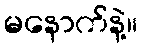
မနောက်နဲ့။